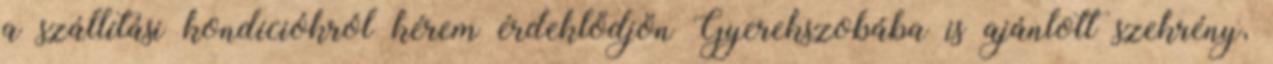
a szállítási kondíciókról kérem érdeklődjön Gyerekszobába is ajánlott szekrény,